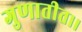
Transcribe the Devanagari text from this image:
गुणातीत।।